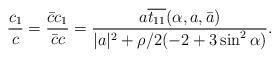
LaTeX: \begin{align*}\frac{c_{1}}{c} = \frac{\bar{c}c_{1}}{\bar{c}c} = \frac{a \overline{t_{11}}(\alpha,a,\bar{a})}{|a|^2 + \rho/2(-2 + 3 \sin^2\alpha)}. \end{align*}